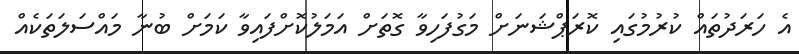
އެ ހަރަދުތައް ކުރުމުގައި ކޮރަޕްޝަނަށް މަގުފަހިވާ ގޮތަށް އަމަލުކޮށްފައިވާ ކަމަށް ބުނާ މައްސަލަތަކެއް